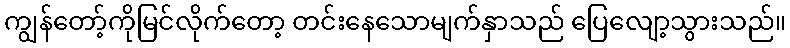
ကျွန်တော့်ကိုမြင်လိုက်တော့ တင်းနေသောမျက်နှာသည် ပြေလျော့သွားသည်။